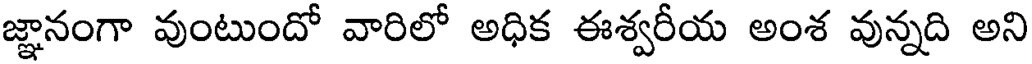
జ్ఞానంగా వుంటుందో వారిలో అధిక ఈశ్వరీయ అంశ వున్నది అని